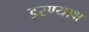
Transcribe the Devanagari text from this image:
इरण्याक्ष